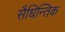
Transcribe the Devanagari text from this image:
सैधिन्तिक